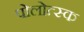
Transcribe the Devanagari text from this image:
पोलोत्स्क